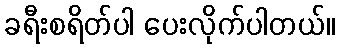
ခရီးစရိတ်ပါ ပေးလိုက်ပါတယ်။